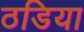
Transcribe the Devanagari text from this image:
ठडिया